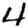
Digit: 4